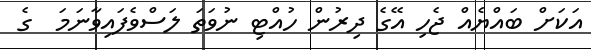
އަކަށް ބައްޔެއް ޖެހި އޭގެ ދިރުން ހުއްޓި ނުވަތަ ލަސްވެފައިވާނަމަ  ގެ